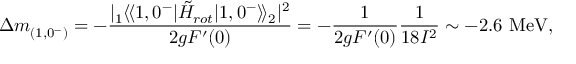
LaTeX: \Delta m _ { ( 1 , 0 ^ { - } ) } ^ { } = - \frac { | { ^ { } _ { 1 } \langle \! \langle 1 , 0 ^ { - } | { \tilde { H } } _ { r o t } | 1 , 0 ^ { - } \rangle \! \rangle _ { 2 } ^ { } } | ^ { 2 } } { 2 g F ^ { \prime } ( 0 ) } = - \frac { 1 } { 2 g F ^ { \prime } ( 0 ) } \frac { 1 } { 1 8 { \cal I } ^ { 2 } } \sim - 2 . 6 \mathrm { ~ M e V } ,